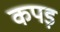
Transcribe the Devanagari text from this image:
कपड़